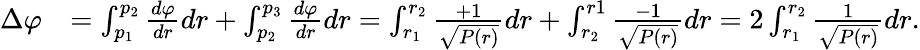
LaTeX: \begin{array}{rl}{\Delta\varphi}&{=\int_{p_{1}}^{p_{2}}\frac{d\varphi}{dr}dr+\int_{p_{2}}^{p_{3}}\frac{d\varphi}{dr}dr=\int_{r_{1}}^{r_{2}}\frac{+1}{\sqrt{P(r)}}dr+\int_{r_{2}}^{r1}\frac{-1}{\sqrt{P(r)}}dr=2\int_{r_{1}}^{r_{2}}\frac{1}{\sqrt{P(r)}}dr.}\end{array}